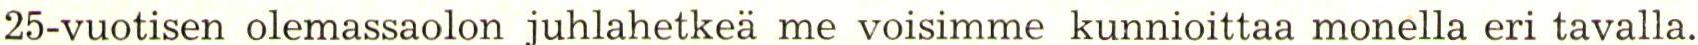
25-vuotisen olemassaolon juhlahetkeä me voisimme kunnioittaa monella eri tavalla.